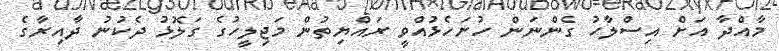
މާއްދާ އަށް އިސްލާހު ގެންނަން ހުށަހެޅުއްވީ ރައްޔިތުން މަޖިލީހުގެ ގަލޮޅު ދެކުނު ދާއިރާގެ